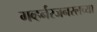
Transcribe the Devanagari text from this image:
गव्हर्नरजनरलच्या